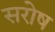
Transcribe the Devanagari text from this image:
सरोष